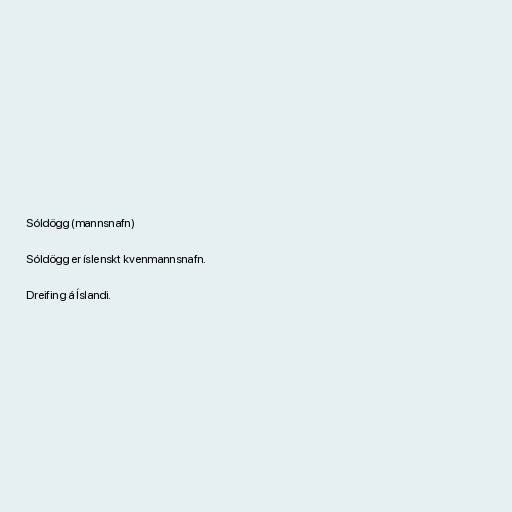
Sóldögg (mannsnafn)

Sóldögg er íslenskt kvenmannsnafn.

Dreifing á Íslandi.